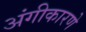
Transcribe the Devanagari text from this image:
अंगीकारणे